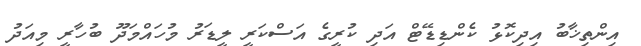
އިންތިޚާބު އިދިކޮޅު ކެންޑިޑޭޓް އަދި ކުރީގެ އަސްކަރީ ލީޑަރު މުހައްމަދޫ ބުހާރީ މިއަދު